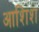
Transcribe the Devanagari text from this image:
आशिश